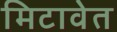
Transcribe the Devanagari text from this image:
मिटावेत